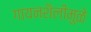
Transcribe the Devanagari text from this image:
गायनशैलीमुळे